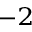
^ { - 2 }